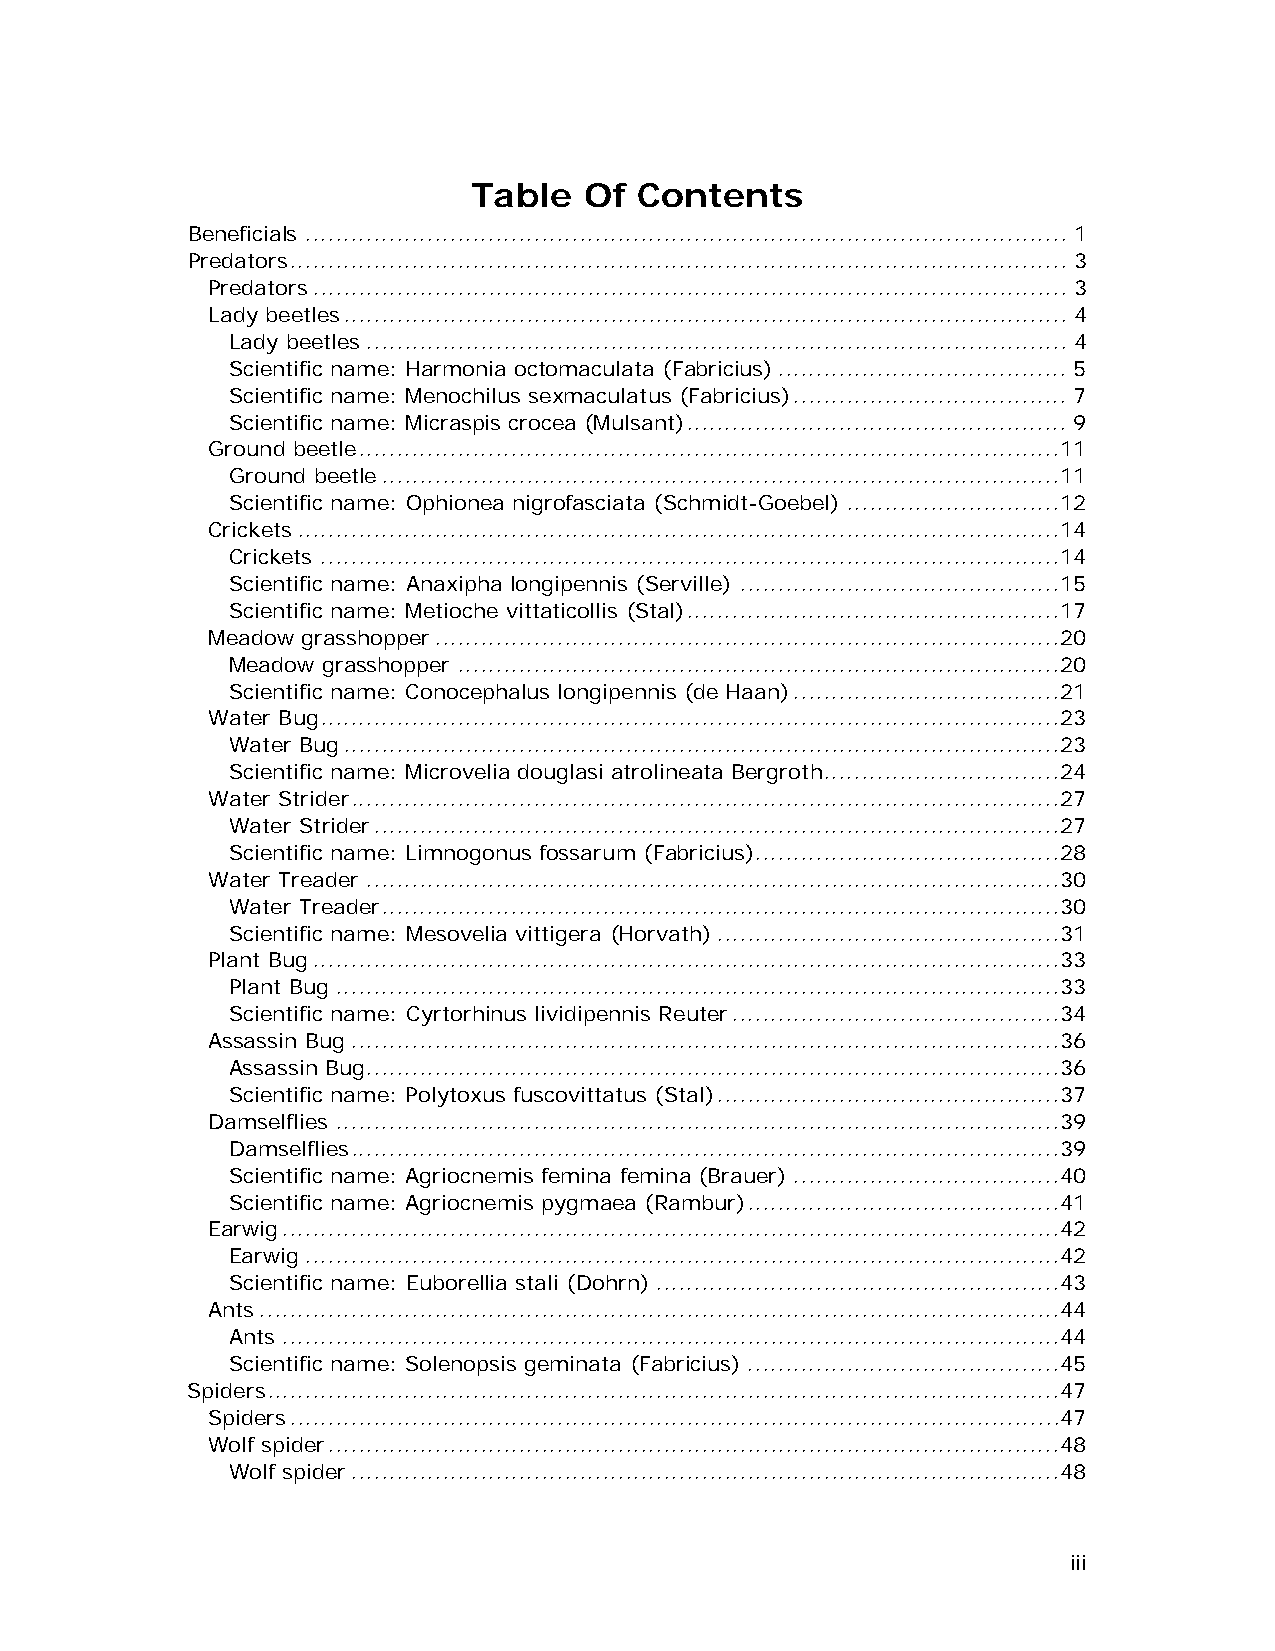
Table   Of Contents
 Beneficials .................................................................................................... 1
 Predators ...................................................................................................... 3
 Predators ................................................................................................... 3
 Lady beetles ............................................................................................... 4
 Lady beetles ............................................................................................ 4
 Scientific name: Harmonia octomaculata (Fabricius) ...................................... 5
 Scientific name: Menochilus sexmaculatus (Fabricius) .................................... 7
 Scientific name: Micraspis crocea (Mulsant) .................................................. 9
 Ground beetle ............................................................................................1 1
 Ground beetle .........................................................................................1 1
 Scientific name: Ophionea nigrofasciata (Schmidt-Goebel) ............................1 2
 Crickets ....................................................................................................1 4
 Crickets .................................................................................................1 4
 Scientific name: Anaxipha longipennis (Serville) ..........................................1 5
 Scientific name: Metioche vittaticollis (Stal) .................................................1 7
 Meadow grasshopper ..................................................................................2 0
 Meadow grasshopper ...............................................................................2 0
 Scientific name: Conocephalus longipennis (de Haan) ...................................2 1
 Water Bug .................................................................................................2 3
 Water Bug ..............................................................................................2 3
 Scientific name: Microvelia douglasi atrolineata Bergroth ...............................2 4
 Water Strider .............................................................................................2 7
 Water Strider ..........................................................................................2 7
 Scientific name: Limnogonus fossarum (Fabricius)........................................2 8
 Water Treader ...........................................................................................3 0
 Water Treader .........................................................................................3 0
 Scientific name: Mesovelia vittigera (Horvath) .............................................3 1
 Plant Bug ..................................................................................................3 3
 Plant Bug ...............................................................................................3 3
 Scientific name: Cyrtorhinus lividipennis Reuter ...........................................3 4
 Assassin Bug .............................................................................................3 6
 Assassin Bug...........................................................................................3 6
 Scientific name: Polytoxus fuscovittatus (Stal) .............................................3 7
 Damselflies ...............................................................................................3 9
 Damselflies .............................................................................................3 9
 Scientific name: Agriocnemis femina femina (Brauer) ...................................4 0
 Scientific name: Agriocnemis pygmaea (Rambur) .........................................4 1
 Earwig ......................................................................................................4 2
 Earwig ...................................................................................................4 2
 Scientific name: Euborellia stali (Dohrn) .....................................................4 3
 Ants .........................................................................................................4 4
 Ants ......................................................................................................4 4
 Scientific name: Solenopsis geminata (Fabricius) .........................................4 5
 Spiders ........................................................................................................4 7
 Spiders .....................................................................................................4 7
 Wolf spider ................................................................................................4 8
 Wolf spider .............................................................................................4 8
 iii